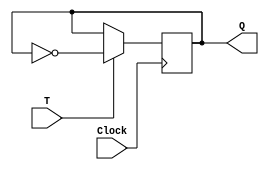
module TFF(T, Clock, Q);
input T, Clock;
output reg Q;

//always@(posedge Clock)
always@(posedge Clock)
	if (T)
		Q = ~Q;
		
endmodule